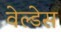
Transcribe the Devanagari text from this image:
वेल्‍डेस